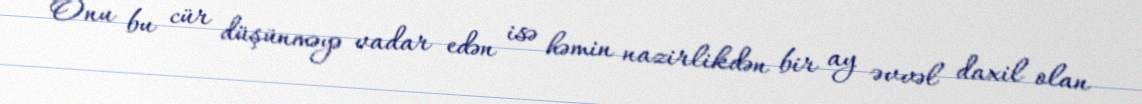
Onu bu cür düşünməyə vadar edən isə həmin nazirlikdən bir ay əvvəl daxil olan